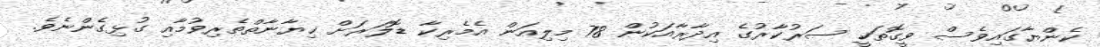
ކެންޔާގައިވެސް ވީގޮތަކީ ސަރުކާރުގެ އިދާރާއަކުން 78 މިލިއަން އެމެރިކާ ޑޮލަރަށް ޚިޔާނާތްތެރިވުމާއި ގުޅިގެންނެވެ.